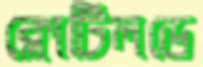
ক্লোটিলডে